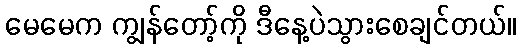
မေမေက ကျွန်တော့်ကို ဒီနေ့ပဲသွားစေချင်တယ်။